画像に写った文字を読んでください
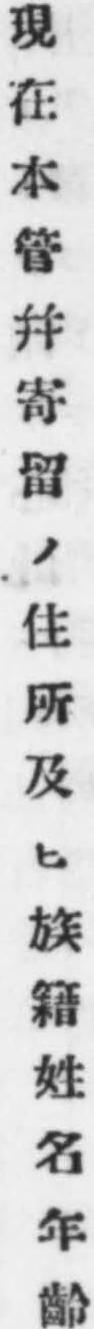
「現在本管幷寄留ノ住所及ヒ族籍姓名年齡」と書いてあります